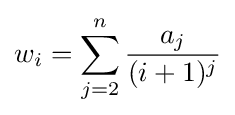
w_{i}=\sum _{j=2}^{n}{\frac {a_{j}}{(i+1)^{j}}}